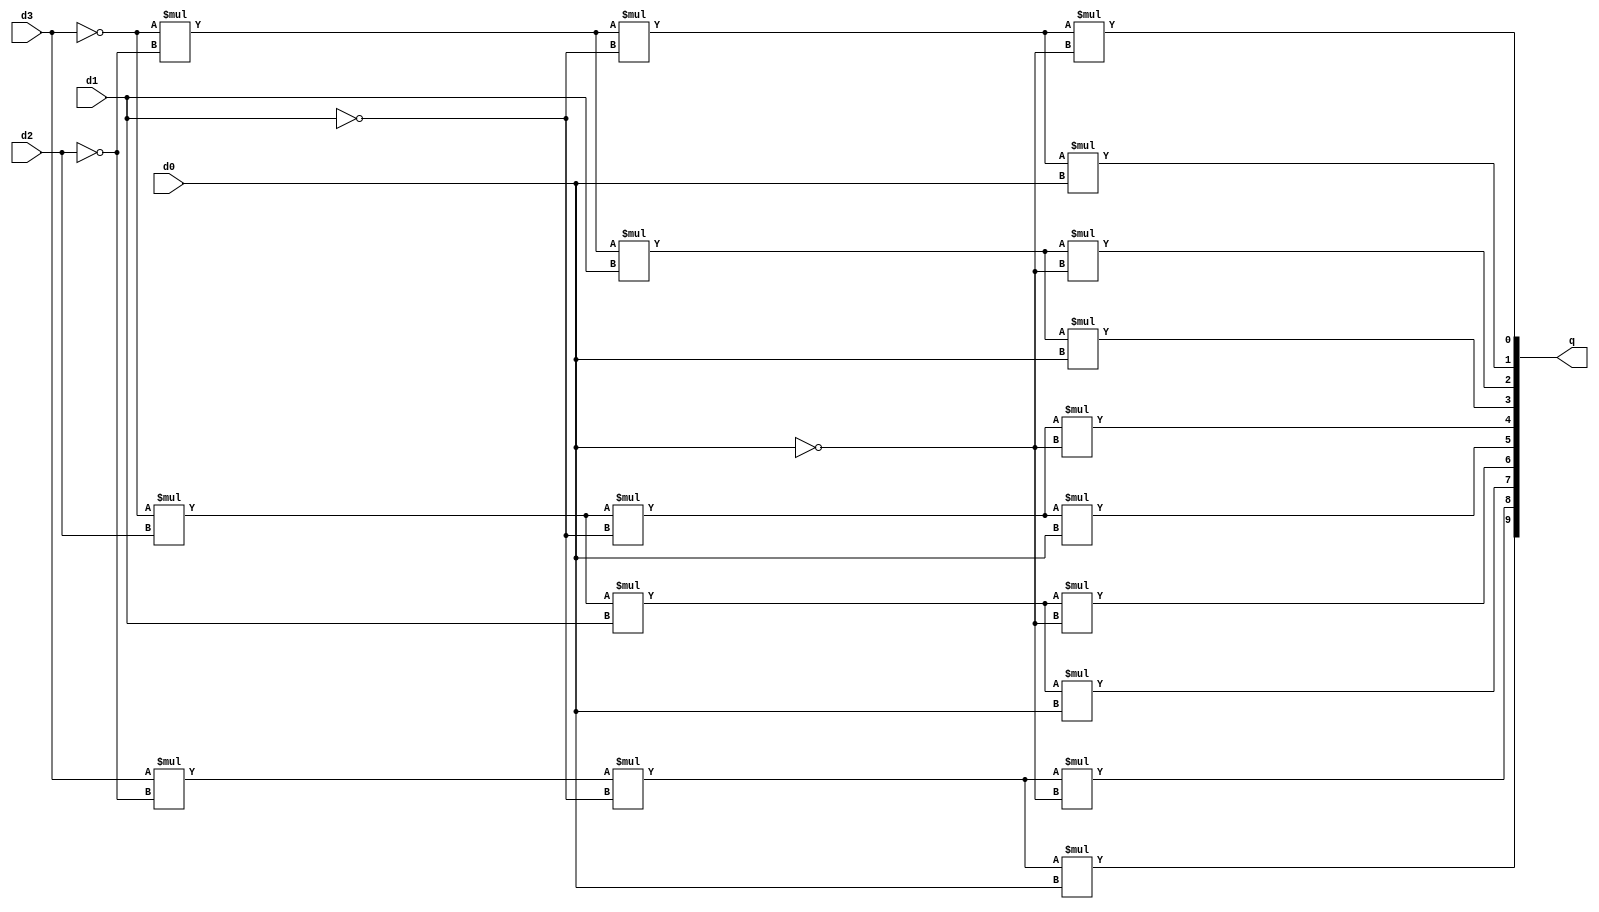
module part25(d0, d1, d2, d3, q);

input d0, d1, d2, d3;
output [9:0] q;

assign q[0] = ~d3 * ~d2 * ~d1 * ~d0;
assign q[1] = ~d3 * ~d2 * ~d1 * d0;
assign q[2] = ~d3 * ~d2 * d1 * ~d0;
assign q[3] = ~d3 * ~d2 * d1 * d0;
assign q[4] = ~d3 * d2 * ~d1 * ~d0;
assign q[5] = ~d3 * d2 * ~d1 * d0;
assign q[6] = ~d3 * d2 * d1 * ~d0;
assign q[7] = ~d3 * d2 * d1 * d0;
assign q[8] = d3 * ~d2 * ~d1 * ~d0;
assign q[9] = d3 * ~d2 * ~d1 * d0;

endmodule